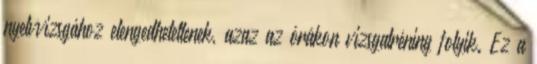
nyelvvizsgához elengedhetetlenek, azaz az órákon vizsgatréning folyik. Ez a